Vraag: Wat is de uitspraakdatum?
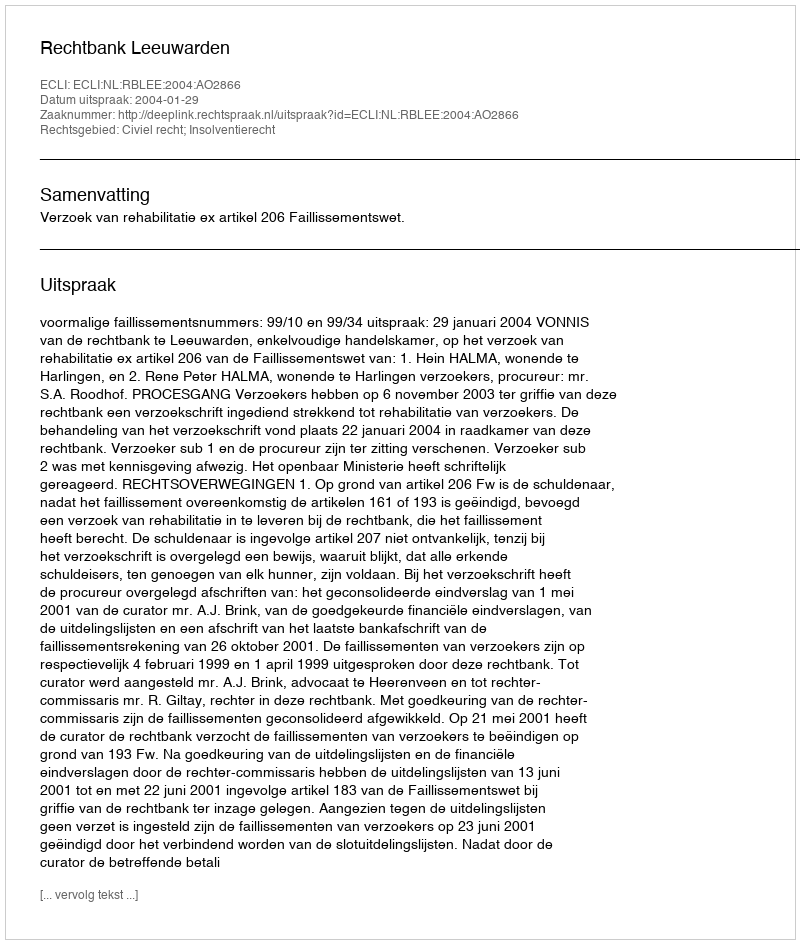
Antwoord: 2004-01-29